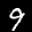
Label: 9